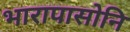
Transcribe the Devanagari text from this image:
भारापासोनि